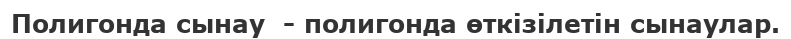
Полигонда сынау  - полигонда өткізілетін сынаулар.